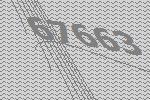
67663